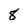
Character: 8